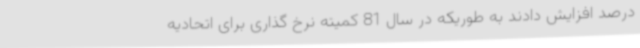
درصد افزایش دادند به طوریکه در سال 81 کمیته نرخ گذاری برای اتحادیه